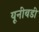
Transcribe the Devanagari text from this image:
यूनीबडी